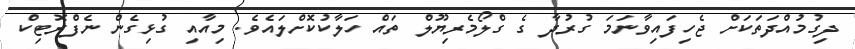
ދިގުމުއްދަތަކަށް ޖެހިފައިވާނަމަ ގުރުދާ ގެ ގްލޯމެރިޔޫލް ތައް ހަލާކުކޮށްލައެވެ. މިއާއި ގުޅިގެން ނެފްރޮޓިކް